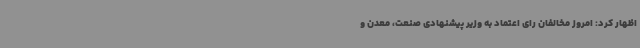
اظهار کرد: امروز مخالفان رای اعتماد به وزیر پیشنهادی صنعت، معدن و